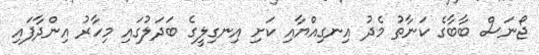
ޖޯނަސް ބާބާގެ ކަނާތު މެދު އިނގިއްޔާއި ކަށި އިނގިލީގެ ބަދަލުގައި މިހާރު އިންދާފައި